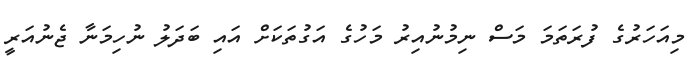
މިއަހަރުގެ ފުރަތަމަ މަސް ނިމުނުއިރު މަހުގެ އަގުތަކަށް އައި ބަދަލު ނުހިމަނާ ޖެނުއަރީ